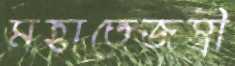
মহাতেজস্বী